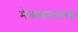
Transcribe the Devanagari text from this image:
मेगावाटवाला